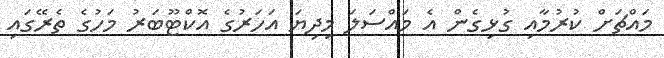
މައްޗަށް ކުރުމާއި ގުޅިގެން އެ މައްސަލަ މިދިޔަ އަހަރުގެ އޮކްޓޫބަރު މަހުގެ ތެރޭގައި